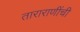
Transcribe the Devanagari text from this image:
ताराराणींची